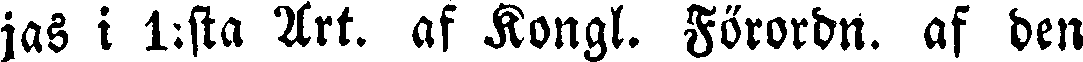
jas i 1:sta Art. af Kongl. Förordn. af den